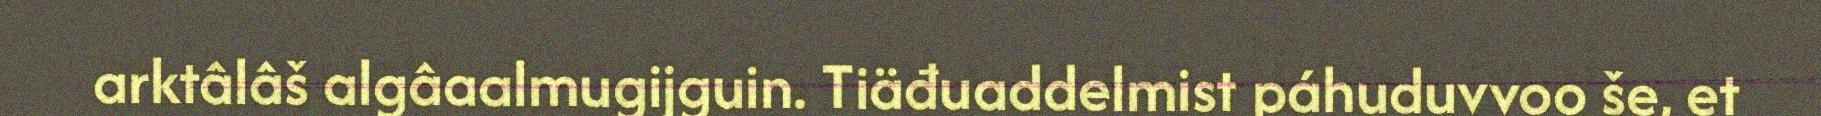
arktâlâš algâaalmugijguin. Tiäđuaddelmist páhuduvvoo še, et